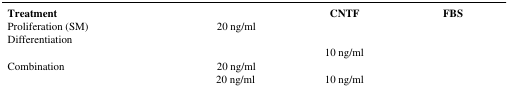
<table><thead><tr><td><b>Treatment</b></td><td>[EMPTY_CELL]</td><td><b>CNTF</b></td><td><b>FBS</b></td></tr></thead><tbody><tr><td>Proliferation (SM)</td><td>20 ng/ml</td><td>[EMPTY_CELL]</td><td>[EMPTY_CELL]</td></tr><tr><td rowspan="2">Differentiation</td><td>[EMPTY_CELL]</td><td>[EMPTY_CELL]</td><td>[EMPTY_CELL]</td></tr><tr><td>[EMPTY_CELL]</td><td>10 ng/ml</td><td>[EMPTY_CELL]</td></tr><tr><td rowspan="2">Combination</td><td>20 ng/ml</td><td>[EMPTY_CELL]</td><td>[EMPTY_CELL]</td></tr><tr><td>20 ng/ml</td><td>10 ng/ml</td><td>[EMPTY_CELL]</td></tr></tbody></table>